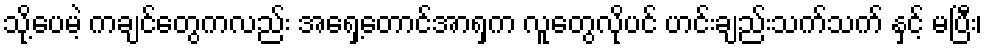
သို့ပေမဲ့ ကချင်တွေကလည်း အရှေ့တောင်အာရှက လူတွေလိုပင် ဟင်းချည်းသက်သက် နှင့် မပြီး၊